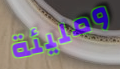
ومليئة